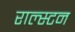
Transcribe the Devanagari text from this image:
राल्स्टन